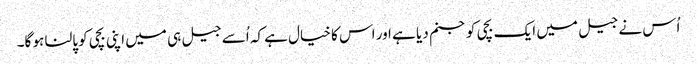
اُس نے جیل میں ایک بچی کو جنم دیا ہے اور اس کا خیال ہے کہ اُسے جیل ہی میں اپنی بچی کو پالنا ہو گا۔